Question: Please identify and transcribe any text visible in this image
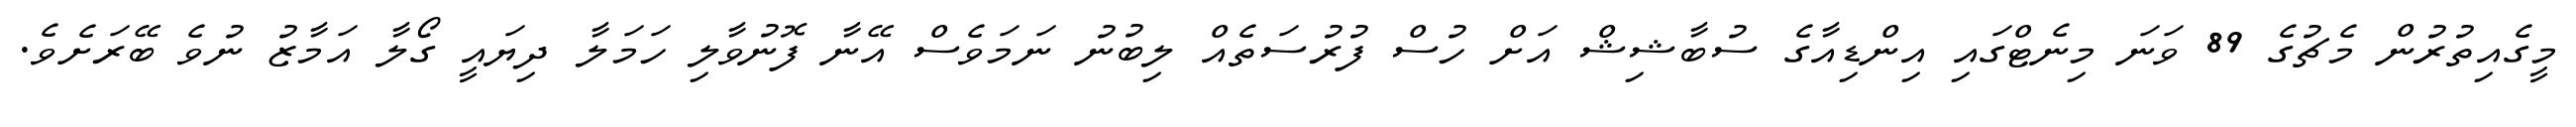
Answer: މީގެއިތުރުން މެޗުގެ 89 ވަނަ މިނެޓްގައި އިންޑިއާގެ ސުބާޝިޝް އަށް ހުސް ފުރުސަތެއް ލިބުނު ނަމަވެސް އޭނާ ފޮނުވާލި ހަމަލާ ދިޔައީ ގޯލާ އަމާޒު ނުވެ ބޭރަށެވެ.